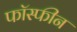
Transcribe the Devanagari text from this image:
फॉस्फीन